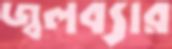
জ্বলব্যার